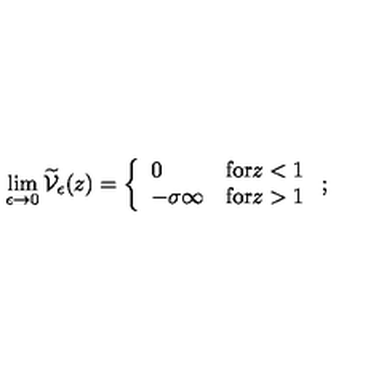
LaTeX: \lim _ { \epsilon \rightarrow 0 } \widetilde { \mathcal V } _ { \epsilon } ( z ) = \left\{ \begin{array} { l l } { 0 } & { \mathrm { f o r } z < 1 } \\ { - \sigma \infty } & { \mathrm { f o r } z > 1 } \\ \end{array} \right. ;